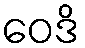
ဝေဒိ